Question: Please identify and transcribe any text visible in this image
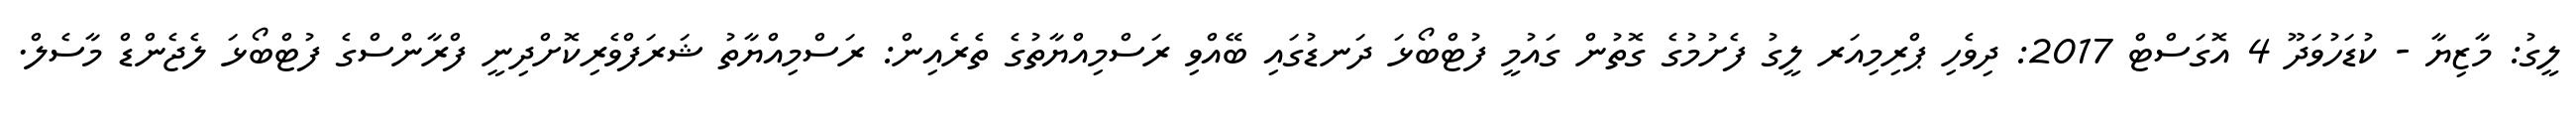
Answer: ލީގު: މާޒިޔާ - ކުޑަހުވަދޫ 4 އޮގަސްޓް 2017: ދިވެހި ޕްރިމިއަރ ލީގު ފެށުމުގެ ގޮތުން ގައުމީ ފުޓްބޯޅަ ދަނޑުގައި ބޭއްވި ރަސްމިއްޔާތުގެ ތެރެއިން: ރަސްމިއްޔާތު ޝަރަފްވެރިކޮށްދިނީ ފްރާންސްގެ ފުޓްބޯޅަ ލެޖެންޑް މާސެލް.